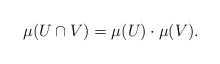
\begin{align*}\mu(U \cap V) = \mu(U) \cdot \mu(V).\end{align*}